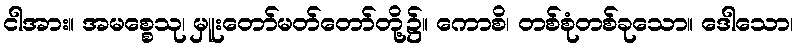
ငါအား။ အမစ္စေသု၊ မှူးတော်မတ်တော်တို့၌။ ကောစိ၊ တစ်စုံတစ်ခုသော။ ဒေါသော၊